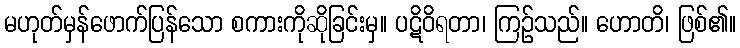
မဟုတ်မှန်ဖောက်ပြန်သော စကားကိုဆိုခြင်းမှ။ ပဋိဝိရတာ၊ ကြဉ်သည်။ ဟောတိ၊ ဖြစ်၏။